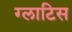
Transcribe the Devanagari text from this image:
ग्लाटिस